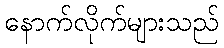
နောက်လိုက်များသည်